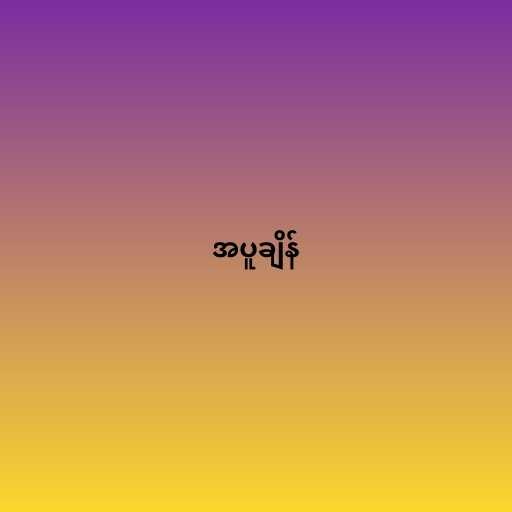
အပူချိန်